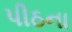
પીઠના